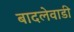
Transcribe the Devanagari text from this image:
बादलेवाडी